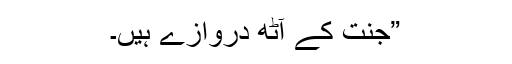
”جنت کے آٹھ دروازے ہیں۔